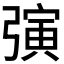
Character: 𪫂